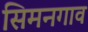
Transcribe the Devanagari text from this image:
सिमनगाव